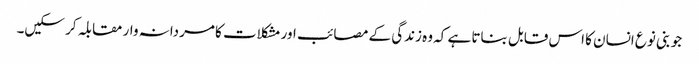
جو بنی نوع انسان کا اس قابل بناتا ہے کہ وہ زندگی کے مصائب اور مشکلات کا مردانہ وار مقابلہ کر سکیں۔